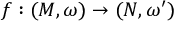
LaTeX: f : ( M , \omega ) \rightarrow ( N , \omega ^ { \prime } )